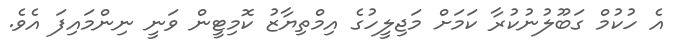
އެ ހުކުމް ގަބޫލުނުކުރާ ކަމަށް މަޖިލީހުގެ އިމްތިޔާޒު ކޮމިޓީން ވަނީ ނިންމައިފަ އެވެ.